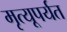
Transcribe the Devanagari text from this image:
मृत्यूपर्यत